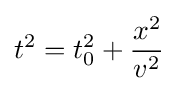
t^{2}=t_{0}^{2}+{\frac {x^{2}}{v^{2}}}